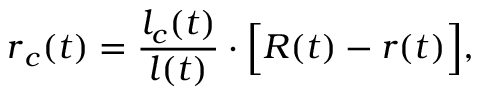
\boldsymbol { r } _ { c } ( t ) = \frac { l _ { c } ( t ) } { l ( t ) } \cdot \Big [ \boldsymbol { R } ( t ) - \boldsymbol { r } ( t ) \Big ] ,